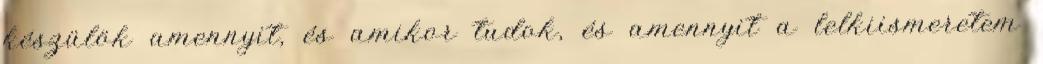
készülök amennyit, és amikor tudok, és amennyit a lelkiismeretem